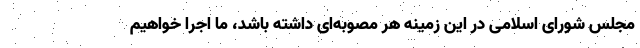
مجلس شورای اسلامی در این زمینه هر مصوبه‌ای داشته باشد، ما اجرا خواهیم